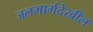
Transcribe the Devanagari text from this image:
जलमार्गदेखील